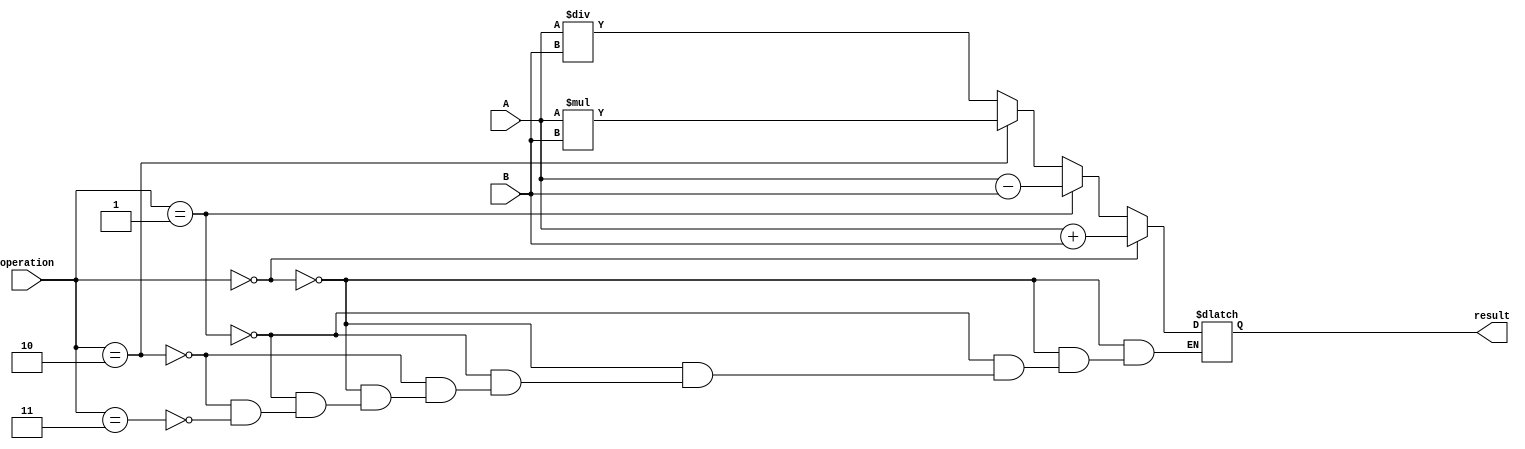
module half_precision_fpu (
    input [15:0] A,
    input [15:0] B,
    input [1:0] operation,
    output reg [15:0] result
);

reg [15:0] add_result, sub_result, mul_result, div_result;

always @(*)
begin
    case(operation)
        2'b00: add_result = A + B; // addition
        2'b01: sub_result = A - B; // subtraction
        2'b10: mul_result = A * B; // multiplication
        2'b11: div_result = A / B; // division
    endcase
    
    if(operation == 2'b00) // addition
        result = add_result;
    else if(operation == 2'b01) // subtraction
        result = sub_result;
    else if(operation == 2'b10) // multiplication
        result = mul_result;
    else if(operation == 2'b11) // division
        result = div_result;
end

endmodule